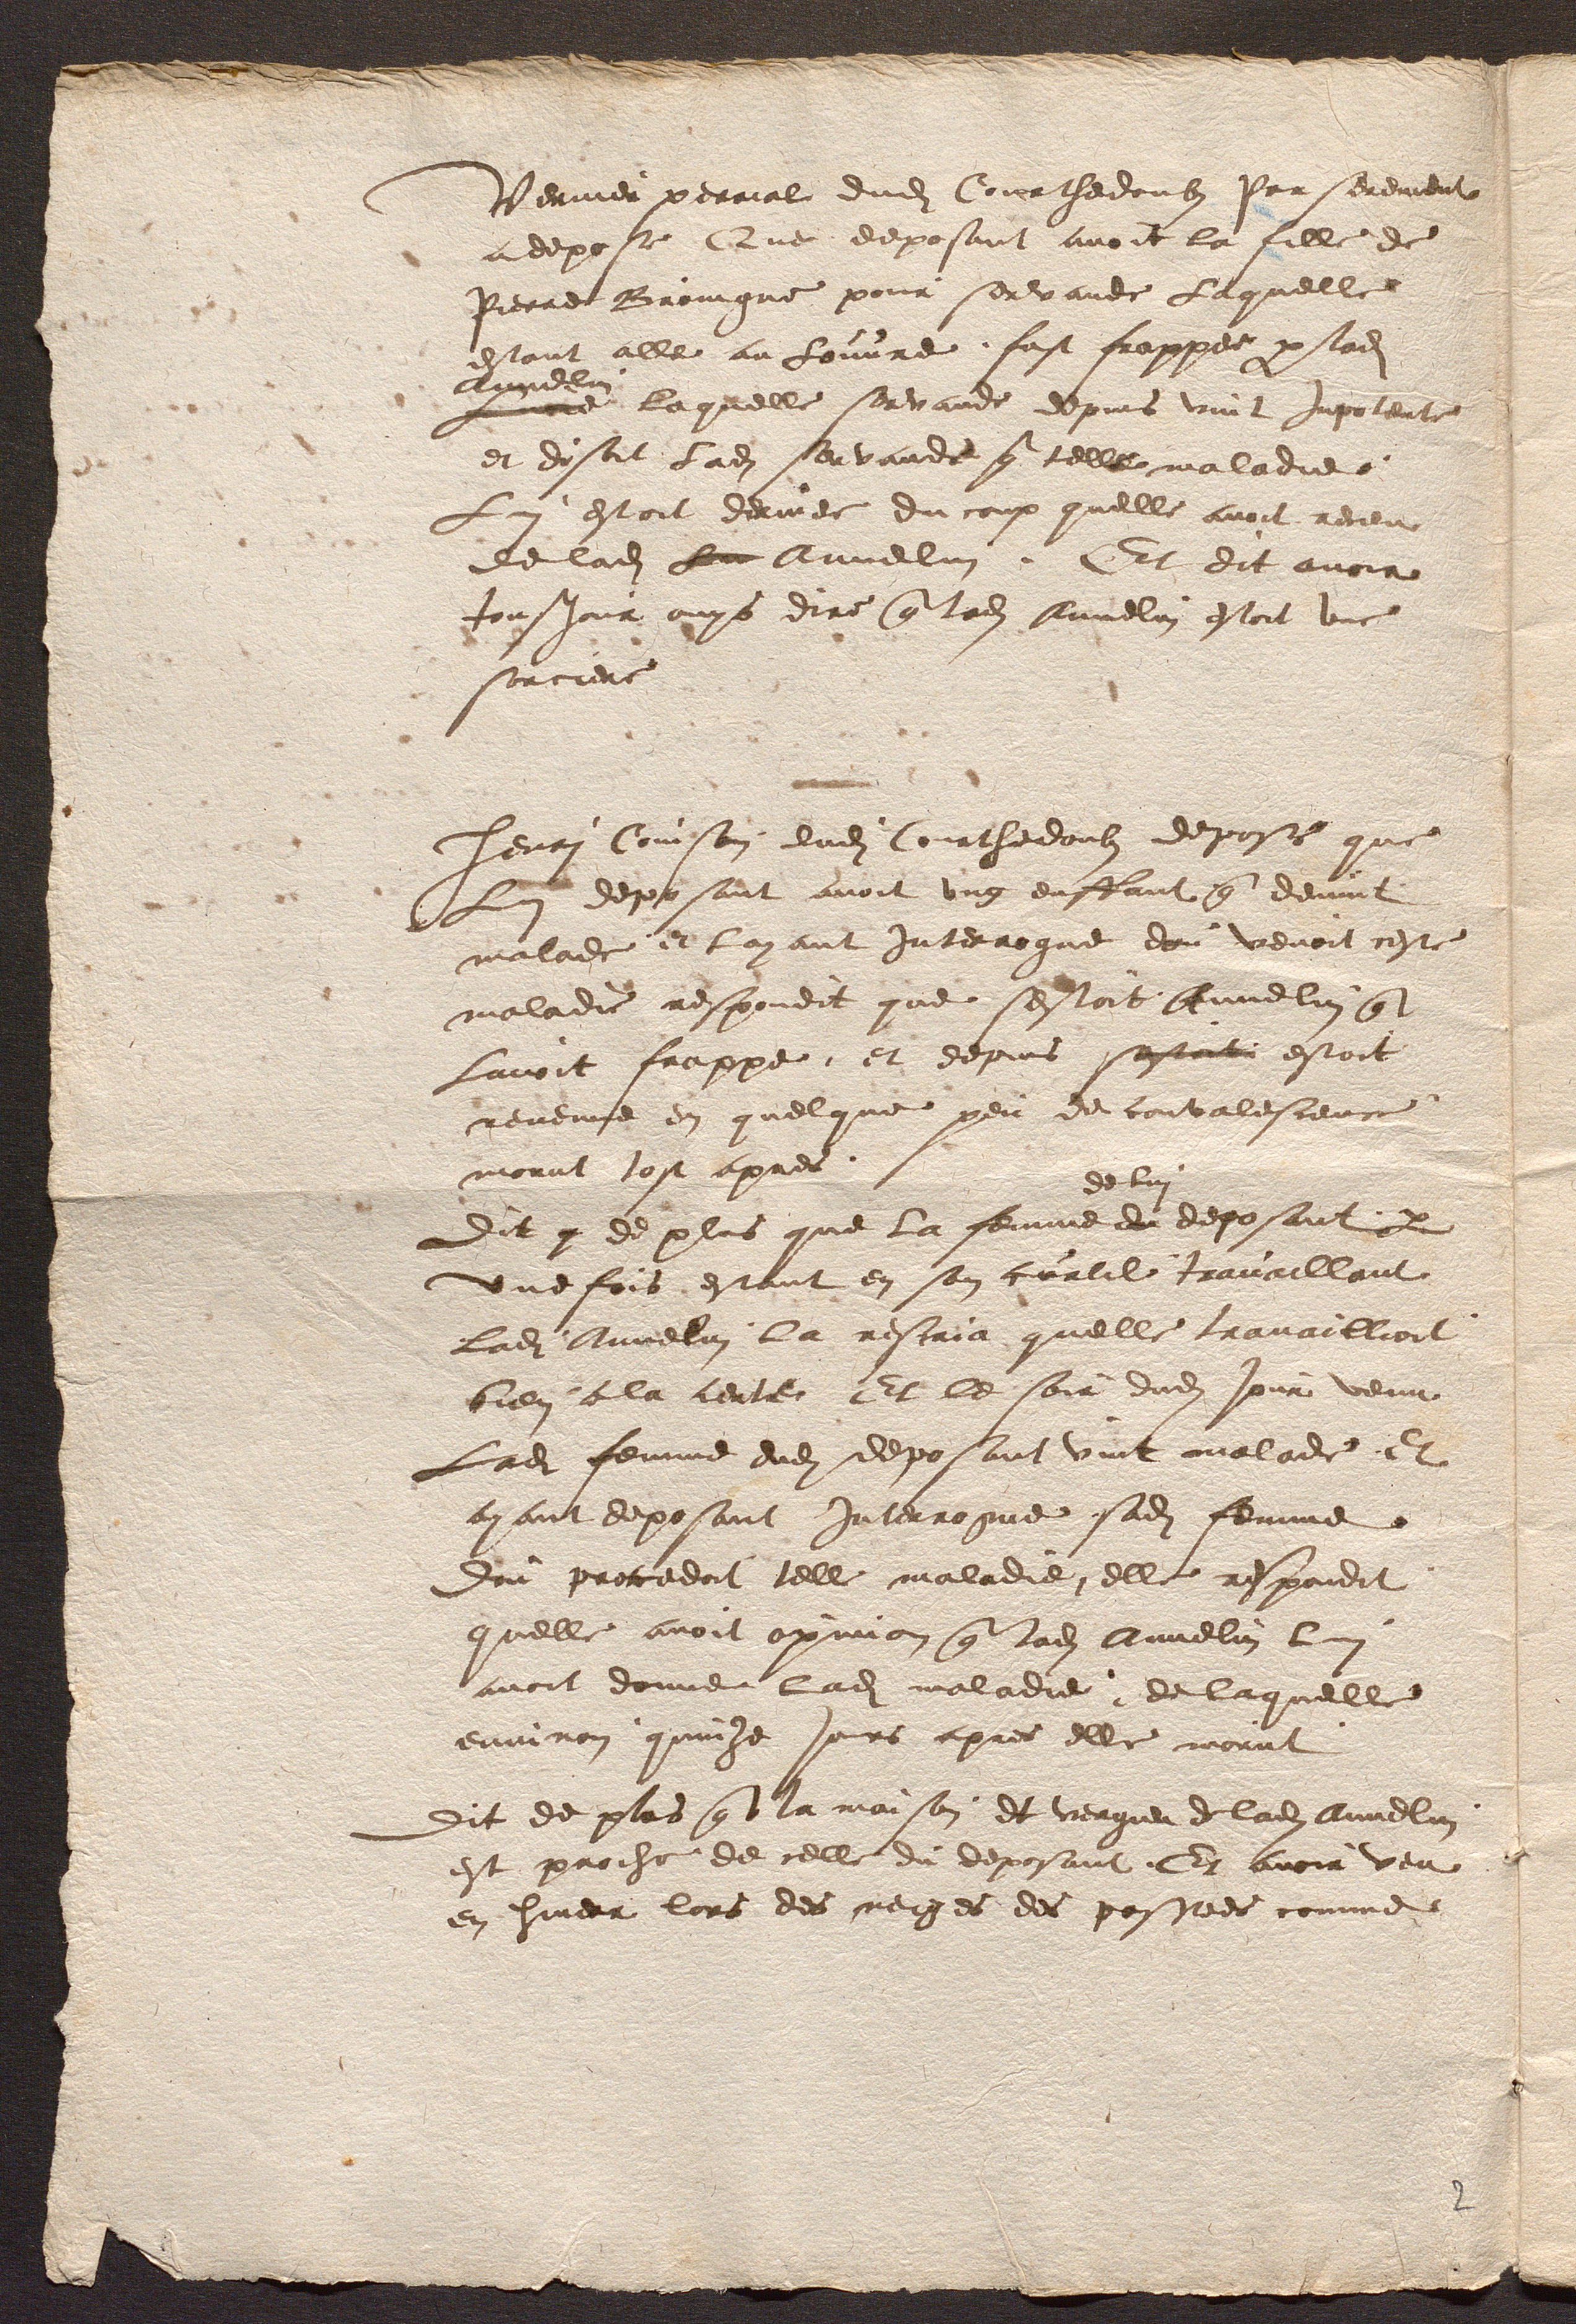
Vernier perrial dudit Courthedoubs par serment
a depose Que deposant avoit la fille de
Pierre Broingne pour servande Laquelle
estant alle au Louvre, fust frappee par ladite
Annelin
Lucie laquelle servande depuis vint inpotente
et disoit ladite servande que telle maladie
Lui estoit derivee du coup quelle avoit receu
de ladite Luc Annelin. Et dit encore
tousjour ouys dire que ladite Annelin estoit une
sorciere
Henri Coinson dudi Courthedoubs depose que
Lui deposant avoit ung enffant que devint
malade et layant interrogue dou venoit ceste
maladie respondit que sestoit Annelin que
Lavoit frappe, et depuis sestant estoit
revenue en quelque peu de convalescence
morut tos apres.
Dit que de plus que la femme du
de lui
deposant par
une fois estant en son curtil travaillant
ladite Annelin la rescria quelle travaillioit
bien a la certer  Et le soir dudit jour venu
ladite femme dudit deposant vint malade Et
ayant deposant Interrogue sadite femme
dou procedoit telle maladie, elle respondit
quelle avoit opinion que ladite Annelin lui
avoit donne ladite maladie, de laquelle
environ quinze jours apres elle morut.
Dit de plus que la maison, et vergier de ladite Annelin
est proche de celle du deposant. Et avoir veu
en hiver lors des neiges des passees comme